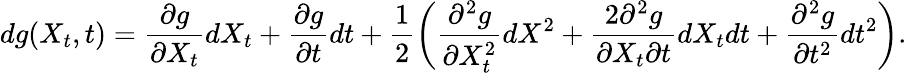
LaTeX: dg(X_{t},t)=\frac{\partial g}{\partial X_{t}}dX_{t}+\frac{\partial g}{\partial t}dt+\frac{1}{2}\biggl({\frac{\partial^{2}g}{\partial X_{t}^{2}}dX^{2}+\frac{2\partial^{2}g}{\partial X_{t}\partial t}dX_{t}dt+\frac{\partial^{2}g}{\partial t^{2}}dt^{2}}\biggr).